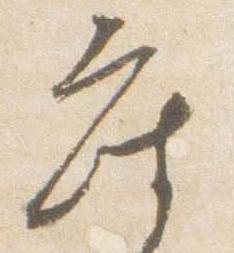
座